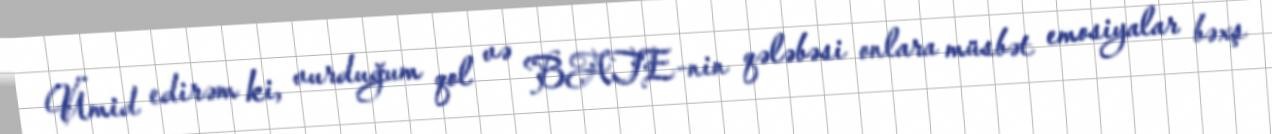
Ümid edirəm ki, vurduğum qol və BATE-nin qələbəsi onlara müsbət emosiyalar bəxş